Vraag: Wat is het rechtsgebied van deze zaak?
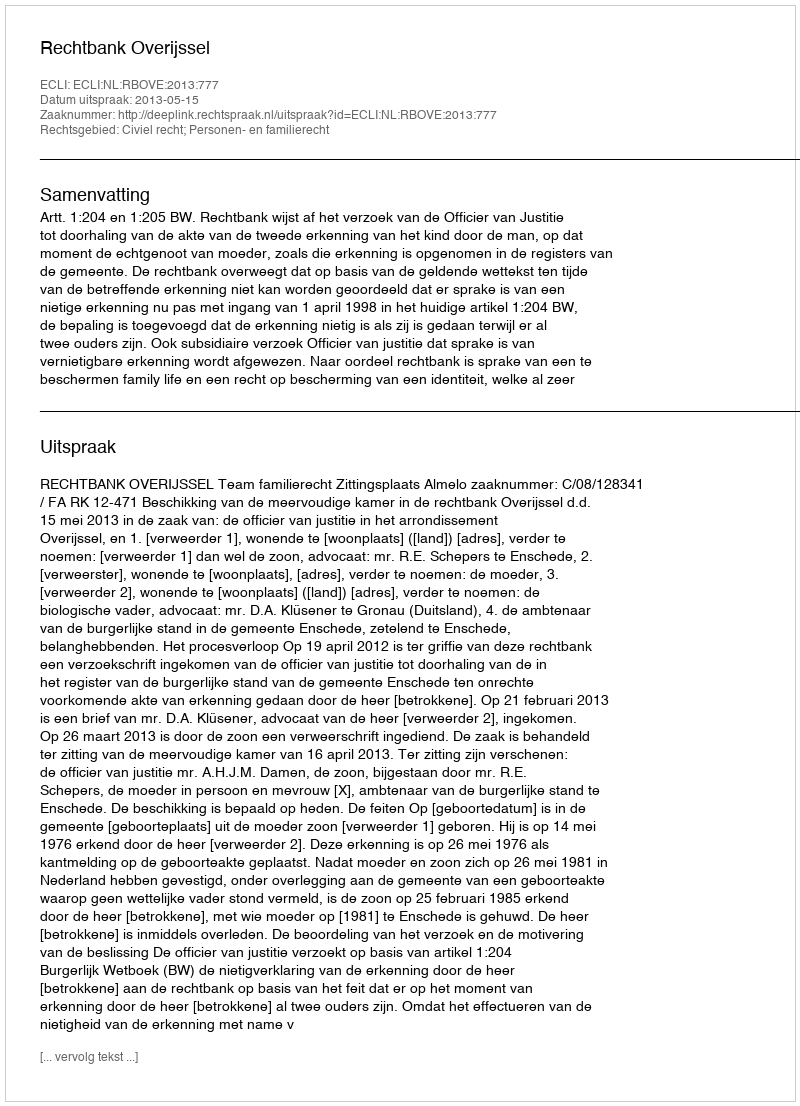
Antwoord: Civiel recht; Personen- en familierecht